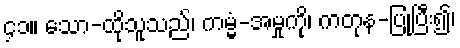
၄၁။ သော-ထိုသူသည်၊ ကမ္မံ-အမှုကို၊ ကတုန-ပြုပြီး၍၊